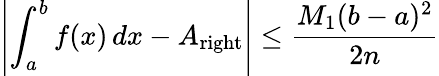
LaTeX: \left\vert\int_{a}^{b}f(x)\, dx-A_{\mathrm{right}}\right\vert\leq{\frac{M_{1}(b-a)^{2}}{2n}}